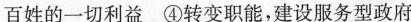
百姓的一切利益 ④转变职能，建设服务型政府